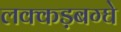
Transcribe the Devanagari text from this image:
लक्कड़बग्घे